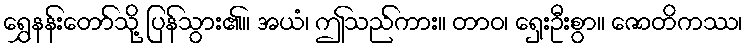
ရွှေနန်းတော်သို့ ပြန်သွား၏။ အယံ၊ ဤသည်ကား။ တာဝ၊ ရှေးဦးစွာ။ ဇောတိကဿ၊